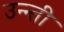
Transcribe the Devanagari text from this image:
उन्न्ती